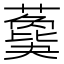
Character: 𦿙